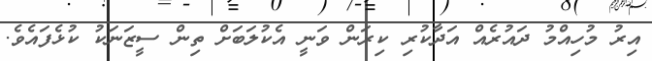
އިރު މުހިއްމު ދައުރެއް އަދާކުރި ކިރަން ވަނީ އެކުލަބަށް ތިން ސީޒަނަކު ކުޅެފައެވެ.